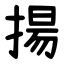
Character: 揚